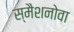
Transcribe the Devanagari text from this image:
स्मैशनोवा